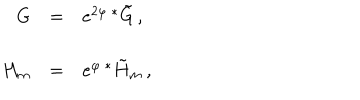
LaTeX: \begin{array} { r c l } { { G } } & { { = } } & { { e ^ { 2 \varphi } \, { } ^ { * } \tilde { G } \, , } } \\ { { } } & { { } } & { { } } \\ { { H _ { m } } } & { { = } } & { { e ^ { \varphi } \, { } ^ { * } \tilde { H } _ { m } \, , } } \\ \end{array}